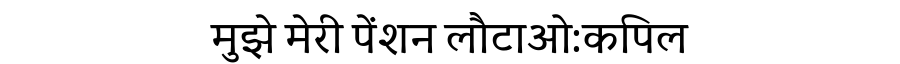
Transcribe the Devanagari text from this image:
मुझे मेरी पेंशन लौटाओ:कपिल